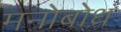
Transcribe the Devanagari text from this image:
मनोबोध